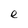
Character: e